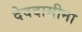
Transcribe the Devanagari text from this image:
देवदासीना